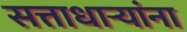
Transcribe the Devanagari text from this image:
सत्ताधार्‍यांना